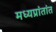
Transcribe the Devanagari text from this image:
मध्यप्रांतांत